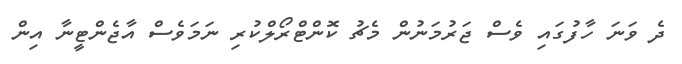
ދެ ވަނަ ހާފުގައި ވެސް ޖަރުމަނުން މެޗު ކޮންޓްރޯލްކުރި ނަމަވެސް އާޖެންޓީނާ އިން